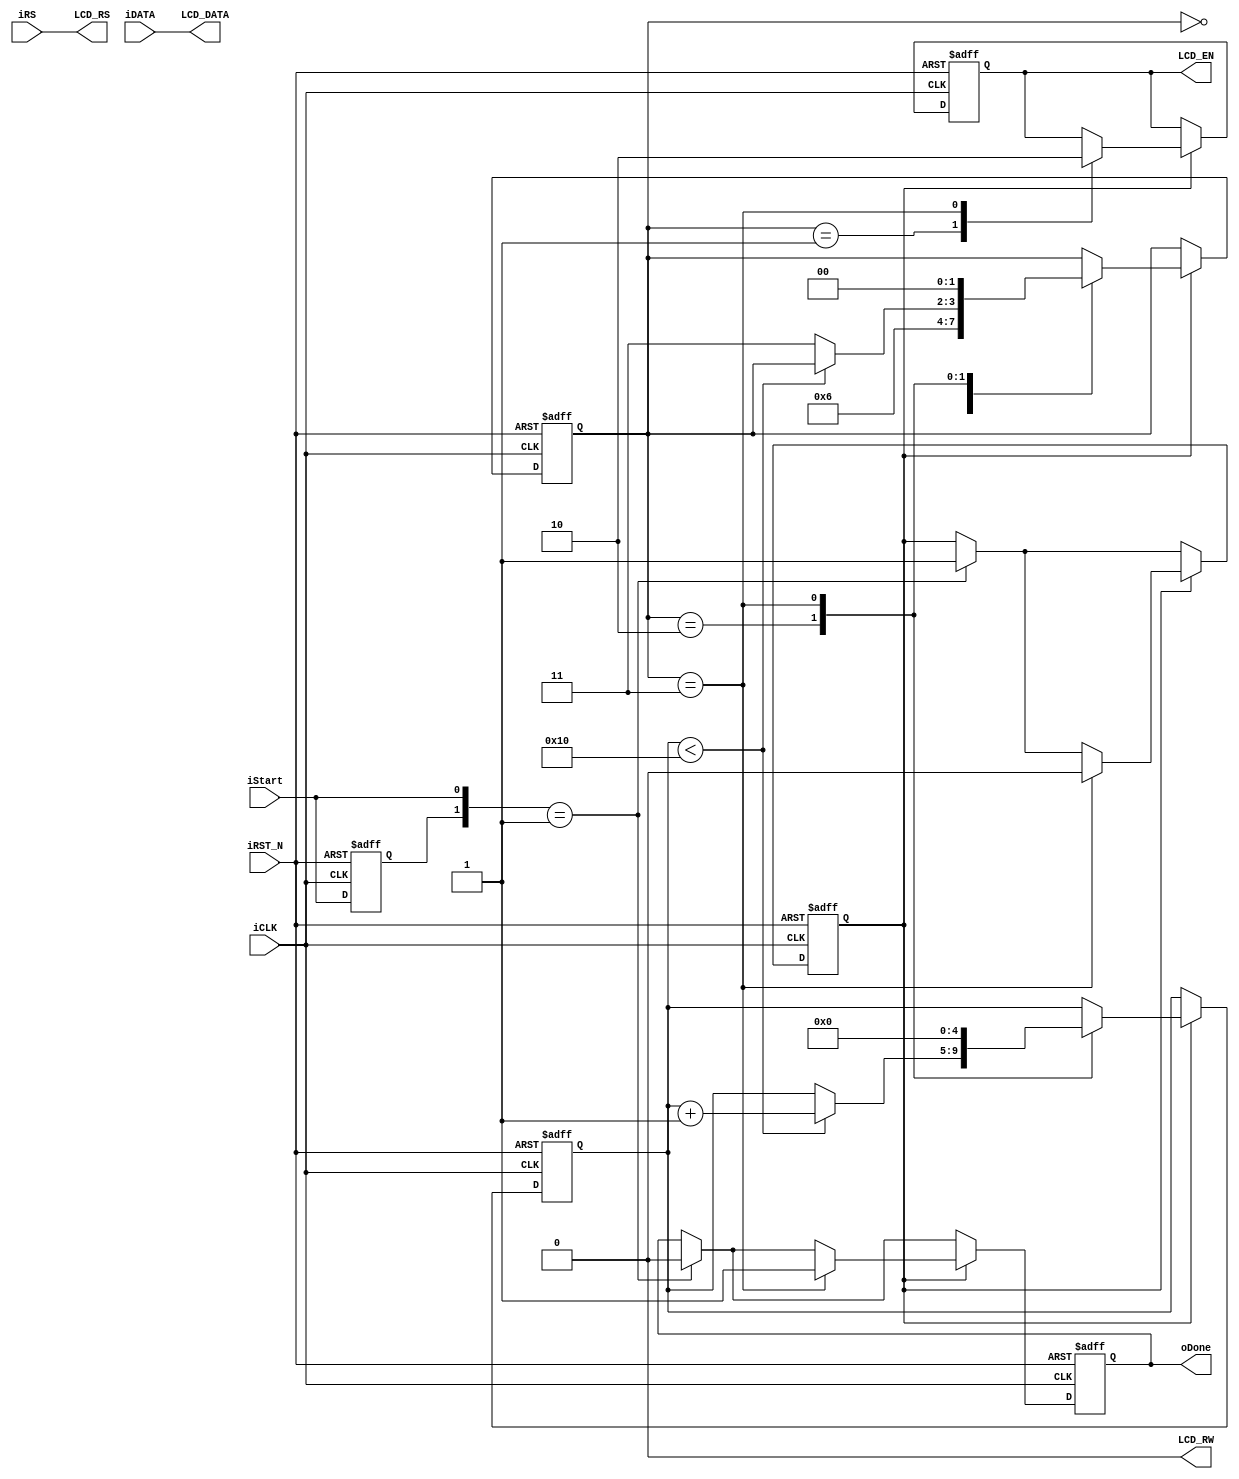
module LCD_Controller (	//	Host Side
        iDATA,iRS,
        iStart,oDone,
        iCLK,iRST_N,
        //	LCD Interface
        LCD_DATA,
        LCD_RW,
        LCD_EN,
        LCD_RS	
	 );
	 //=======================================================
    //  PARAMETER declarations
    //=======================================================
    //	CLK
    parameter	CLK_Divide	=	16;

	 //=======================================================
    //  PORT declarations
    //=======================================================
    //	Host Side
    input	[7:0]	 iDATA;
    input	       iRS,iStart;
    input	       iCLK,iRST_N;
    output	reg	 oDone;
    //	LCD Interface
    output	[7:0]	 LCD_DATA;
    output	reg	 LCD_EN;
    output			 LCD_RW;
    output			 LCD_RS;
    
	 //=======================================================
    //  REG/WIRE declarations
    //=======================================================
    reg		[4:0]	 Cont;
    reg		[1:0]	 ST;
    reg		       preStart,mStart;

	 //=============================================================================
    // Structural coding
    //=============================================================================
    /////////////////////////////////////////////
    //	Only write to LCD, bypass iRS to LCD_RS
    assign	LCD_DATA  	=	iDATA;
    assign	LCD_RW		=	1'b0;
    assign	LCD_RS		=	iRS;
    /////////////////////////////////////////////

    always@(posedge iCLK or negedge iRST_N)
    begin
        if(!iRST_N)
        begin
            oDone	<=	1'b0;
            LCD_EN	<=	1'b0;
            preStart<=	1'b0;
            mStart	<=	1'b0;
            Cont	<=	0;
            ST		<=	0;
        end
        else
        begin
            //////	Input Start Detect ///////
            preStart<=	iStart;
            if({preStart,iStart}==2'b01)
            begin
                mStart	<=	1'b1;
                oDone	<=	1'b0;
            end
            //////////////////////////////////
            if(mStart)
            begin
                case(ST)
                    0:
                        ST	<=	1;	//	Wait Setup
                    1:
                    begin
                        LCD_EN	<=	1'b1;
                        ST		<=	2;
                    end
                    2:
                    begin
                        if(Cont<CLK_Divide)
                            Cont	<=	Cont+1;
                        else
                            ST		<=	3;
                    end
                    3:
                    begin
                        LCD_EN	<=	1'b0;
                        mStart	<=	1'b0;
                        oDone	<=	1'b1;
                        Cont	<=	0;
                        ST		<=	0;
                    end
                endcase
            end
        end
    end

endmodule